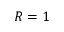
R = 1